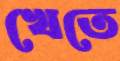
খেতে